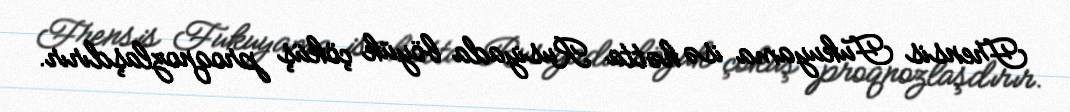
Frensis Fukuyama isə hətta Rusiyada böyük çöküş proqnozlaşdırır.